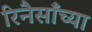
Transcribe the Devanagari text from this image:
रिनैसाँच्या